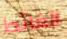
الغائط